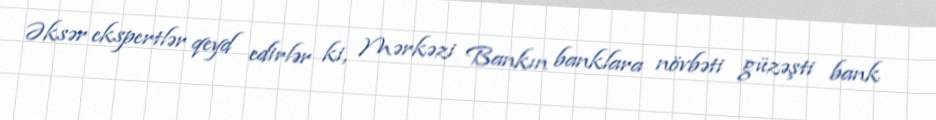
Əksər ekspertlər qeyd edirlər ki, Mərkəzi Bankın banklara növbəti güzəşti bank